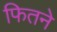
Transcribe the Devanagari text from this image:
फितने